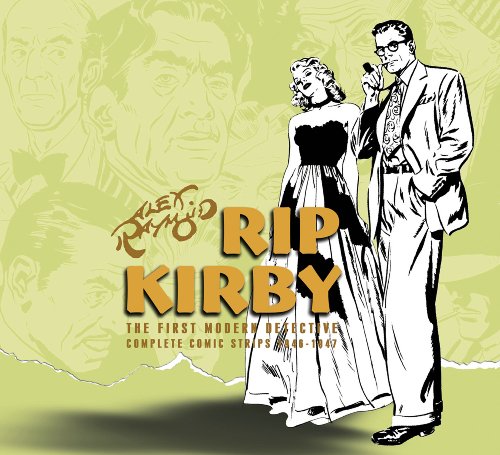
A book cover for Rip Kirby Volume 2; Alex Raymond; Humor & Entertainment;